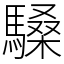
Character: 䮣